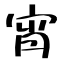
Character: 宵